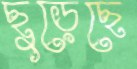
ছুড়েছে